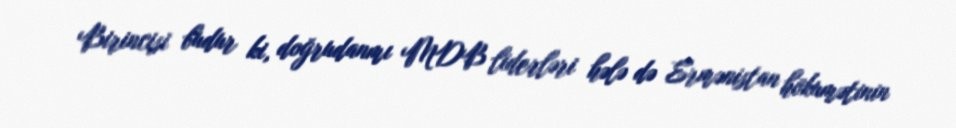
Birincisi budur ki, doğrudanmı MDB liderləri hələ də Ermənistan hökumətinin